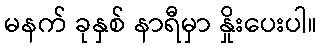
မနက် ခုနှစ် နာရီမှာ နှိုးပေးပါ။